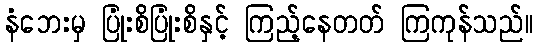
နံဘေးမှ ပြုံးစိပြုံးစိနှင့် ကြည့်နေတတ် ကြကုန်သည်။